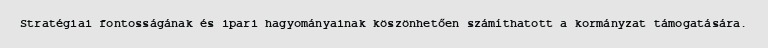
Stratégiai fontosságának és ipari hagyományainak köszönhetően számíthatott a kormányzat támogatására.